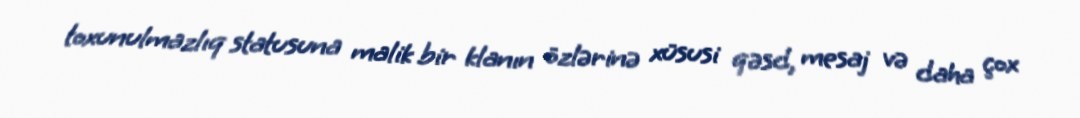
toxunulmazlıq statusuna malik bir klanın özlərinə xüsusi qəsd, mesaj və daha çox